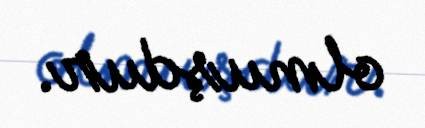
olmuşdur.